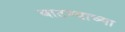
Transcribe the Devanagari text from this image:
बाटण्याच्या